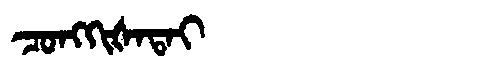
Manchu: ᠴᠣᠩᡴᡳᡧᠠᡨᠠᡳ
Romanization: CONGKIŠATAI